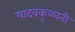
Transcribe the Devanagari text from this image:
यादवकुळानी